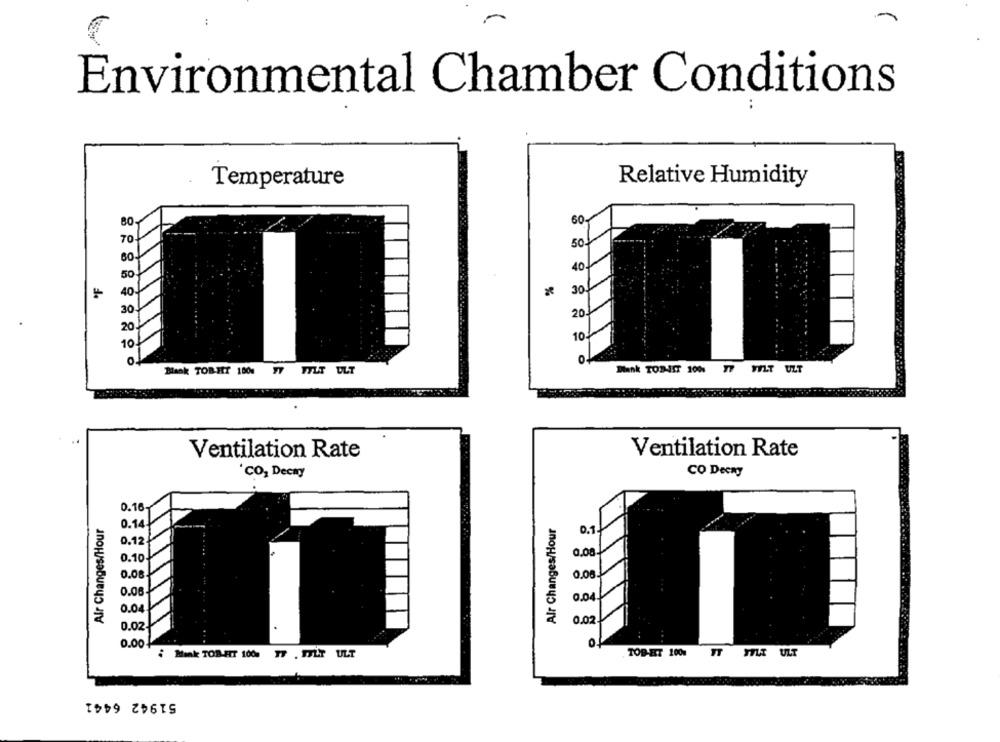
Environmental Chamber Conditions
..
Temperature
Relative Humidity
80
60-
70
50
60
40
50
11
40
%
30-
30
20
20
10
10
0.
Back TOB-HIT 1001 77 FYLT ULT
Bank TOP-HIT 1001 77 FYLT ULT
Ventilation Rate
Ventilation Rate
'CO, Decay
CO Decay
0.16
Alr Changes/Hour
0.14
Alr Changes/Hour
0.1
0.12.
0.10
0.08
0.08.
0.06
0.04
0.04
0.02.
0.02
0.00
of
Maak TOB HIT 1000 TF . IFLT ULT
TOB-RT 1001 FT
YILT ULT
51942 6441